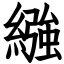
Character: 繈